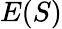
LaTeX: E(S)